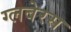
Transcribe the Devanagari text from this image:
ग्लबेरस